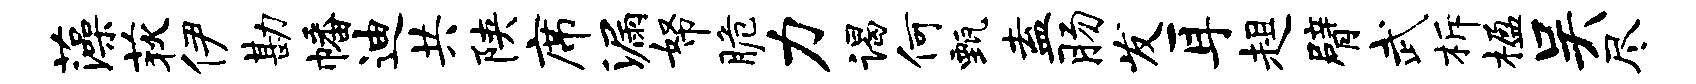
藻荻伊勘幡迪共陕席漏帑脆力谒何甄盍肠发耳趄臂武柝楹吴尽